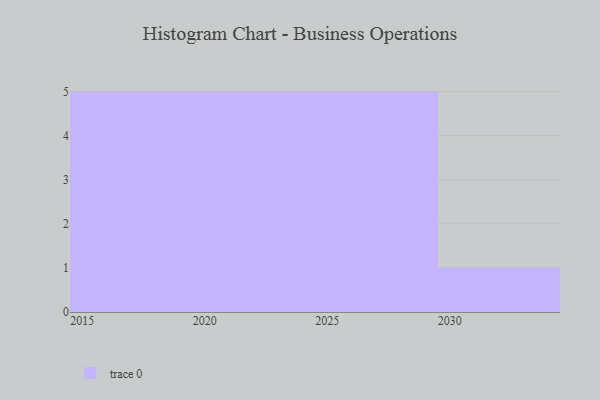
{"axis": {"x": "Year", "y": "Humidity (%)"}, "legend": [""], "data": [{"x": "2020", "y": 94, "type": ""}, {"x": "2021", "y": 75, "type": ""}, {"x": "2019", "y": 99, "type": ""}, {"x": "2027", "y": 70, "type": ""}, {"x": "2017", "y": 9, "type": ""}, {"x": "2024", "y": 19, "type": ""}, {"x": "2018", "y": 99, "type": ""}, {"x": "2025", "y": 7, "type": ""}, {"x": "2029", "y": 46, "type": ""}, {"x": "2028", "y": 90, "type": ""}, {"x": "2030", "y": 20, "type": ""}, {"x": "2023", "y": 51, "type": ""}, {"x": "2026", "y": 84, "type": ""}, {"x": "2022", "y": 87, "type": ""}, {"x": "2015", "y": 67, "type": ""}, {"x": "2016", "y": 78, "type": ""}]}